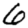
Digit: 6